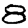
Digit: 8